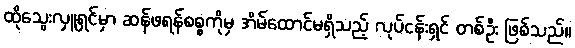
ထိုသွေးလှူရှင်မှာ ဆန်ဖရန်စစ္စကိုမှ အိမ်ထောင်မရှိသည့် လုပ်ငန်းရှင် တစ်ဦး ဖြစ်သည်။